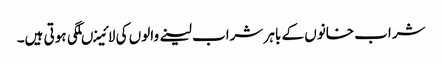
شراب خانوں کے باہر شراب لینے والوں کی لائینںلگی ہوتی ہیں۔